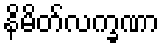
နိမိတ်လက္ခဏာ